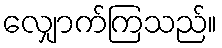
လျှောက်ကြသည်။